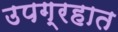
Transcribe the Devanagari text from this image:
उपग्रहात